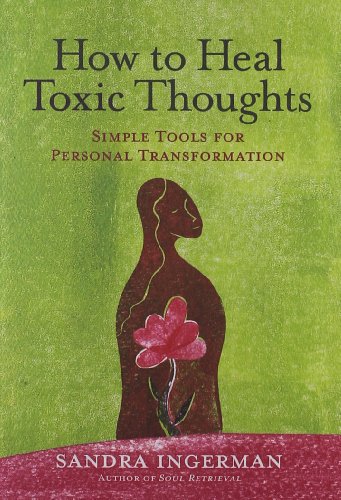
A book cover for How to Heal Toxic Thoughts: Simple Tools for Personal Transformation; Sandra Ingerman; Religion & Spirituality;